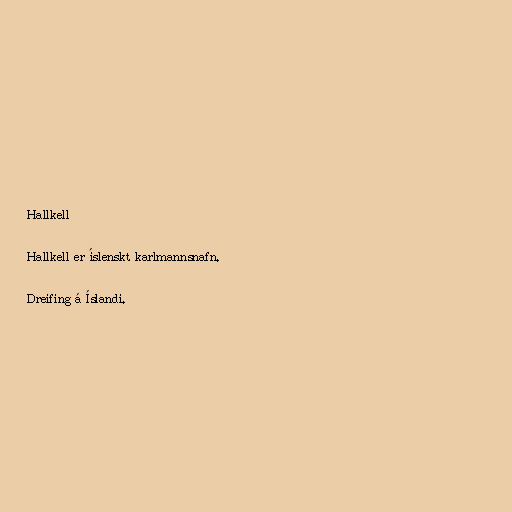
Hallkell

Hallkell er íslenskt karlmannsnafn.

Dreifing á Íslandi.